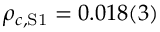
\rho _ { c , \mathrm { S 1 } } = 0 . 0 1 8 ( 3 )